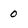
Character: 0